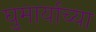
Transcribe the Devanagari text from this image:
घुमार्याच्या